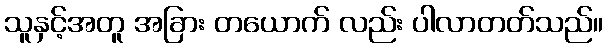
သူနှင့်အတူ အခြား တယောက် လည်း ပါလာတတ်သည်။